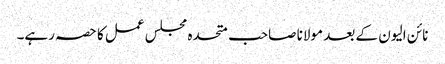
نائن الیون کے بعد مولانا صاحب متحدہ مجلس عمل کا حصہ رہے۔